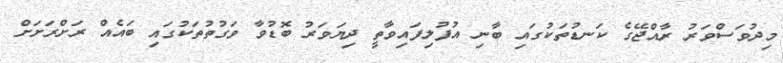
މިދުވަސްވަރު ރާއްޖޭގެ ކަނޑުތަކުގައި ބާނި އުފުލިފައިވާތީ ދިޔަވަރު ބޮޑުވާ ވަގުތުތަކުގައި ބައެއް ރަށްރަށަށް